Civil Veterinary Department Bengal reports 1923-33 - 1923-1933
Year: 1923
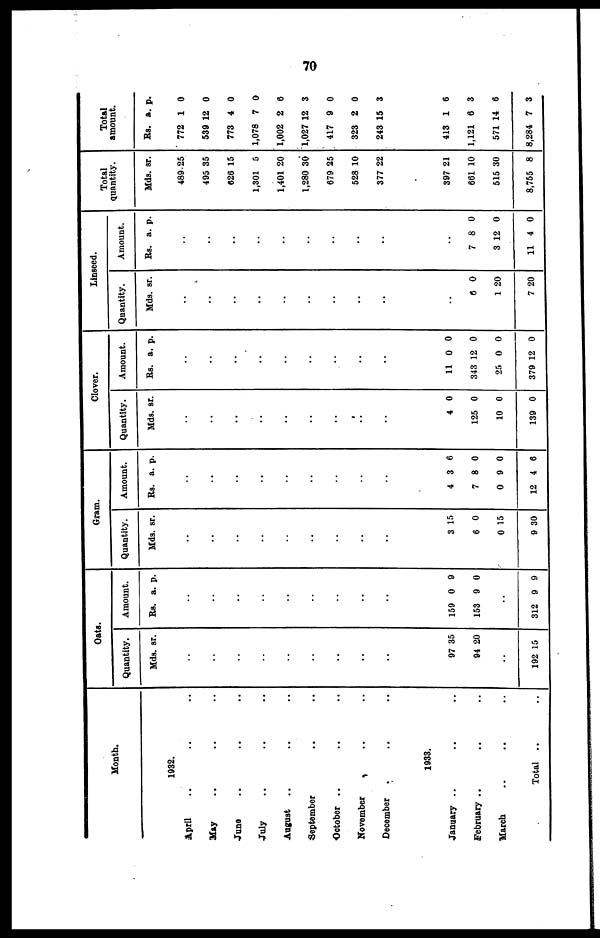
70
Month.
1932.
April .. .. ..
May .. .. ..
June .. .. ..
July .. .. ..
August .. .. ..
September .. ..
October .. .. ..
November .. ..
December .. ..
1933.
January .. .. ..
February .. .. ..
March .. .. ..
Total .. ..
Oats.
Quantity.
Mds.
..
..
..
..
..
..
..
97
94
..
192 1
sr.
35
20
5
Amount.
Rs.
..
..
..
..
..
..
..
159
153
..
312
a.
0
9
9
p.
9
0
9
Gram.
Quantity.
Mds
..
..
..
..
..
..
..
..
..
3
6
0
9
. sr.
15
0
15
30
Amount.
Rs.
..
..
..
..
..
..
..
..
..
4
7
0
12
a.
3
8
9
4
p.
6
0
0
6
Clover.
Quantity.
Mds.
..
..
..
..
..
..
..
..
..
4
125
10
139
sr.
0
0
0
0
Amount.
Rs.
..
..
..
..
..
..
..
..
..
11
343 1
25
379 1
a.
0
2
0
2
p.
0
0
0
0
Linseed.
Quantity.
Mds.
..
..
..
..
..
..
..
..
..
..
6
1
7
sr.
0
20
20
Amount.
Rs.
..
..
..
..
..
..
..
..
..
..
7
3 1
11
a.
8
2
4
p.
0
0
0
Total
quantity.
Mds.
489
495
626
1,301
1,401
1,280
679
528
377
397
661
515
8,755
sr.
25
35
15
5
20
30
25
10
22
21
10
30
8
Total
amount.
Rs.
772
539
773
1,078
1,002
1,027
417
323
243 1
413
1,121
571 1
8,284
a.
1
12
4
7
2
12
9
2
5
1
6
4
7
p.
0
0
0
0
6
3
0
0
3
6
3
6
3